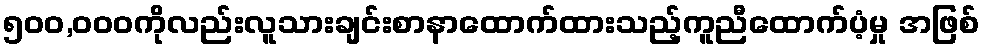
၅၀၀,၀၀၀ကိုလည်းလူသားချင်းစာနာထောက်ထားသည့်ကူညီထောက်ပံ့မှု အဖြစ်